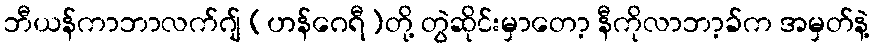
ဘီယန်ကာဘာလက်ဂျ် (ဟန်ဂေရီ)တို့ တွဲဆိုင်းမှာတော့ နီကိုလာဘာ့ခ်က အမှတ်နဲ့